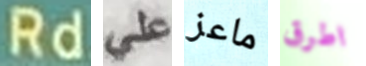
Rd علي ماعز اطرق